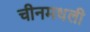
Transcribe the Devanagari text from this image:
चीनमधली